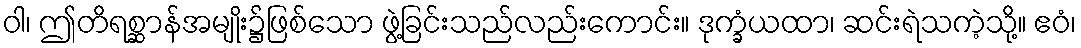
ဝါ၊ ဤတိရစ္ဆာန်အမျိုး၌ဖြစ်သော ဖွဲ့ခြင်းသည်လည်းကောင်း။ ဒုက္ခံယထာ၊ ဆင်းရဲသကဲ့သို့။ ဧဝံ၊